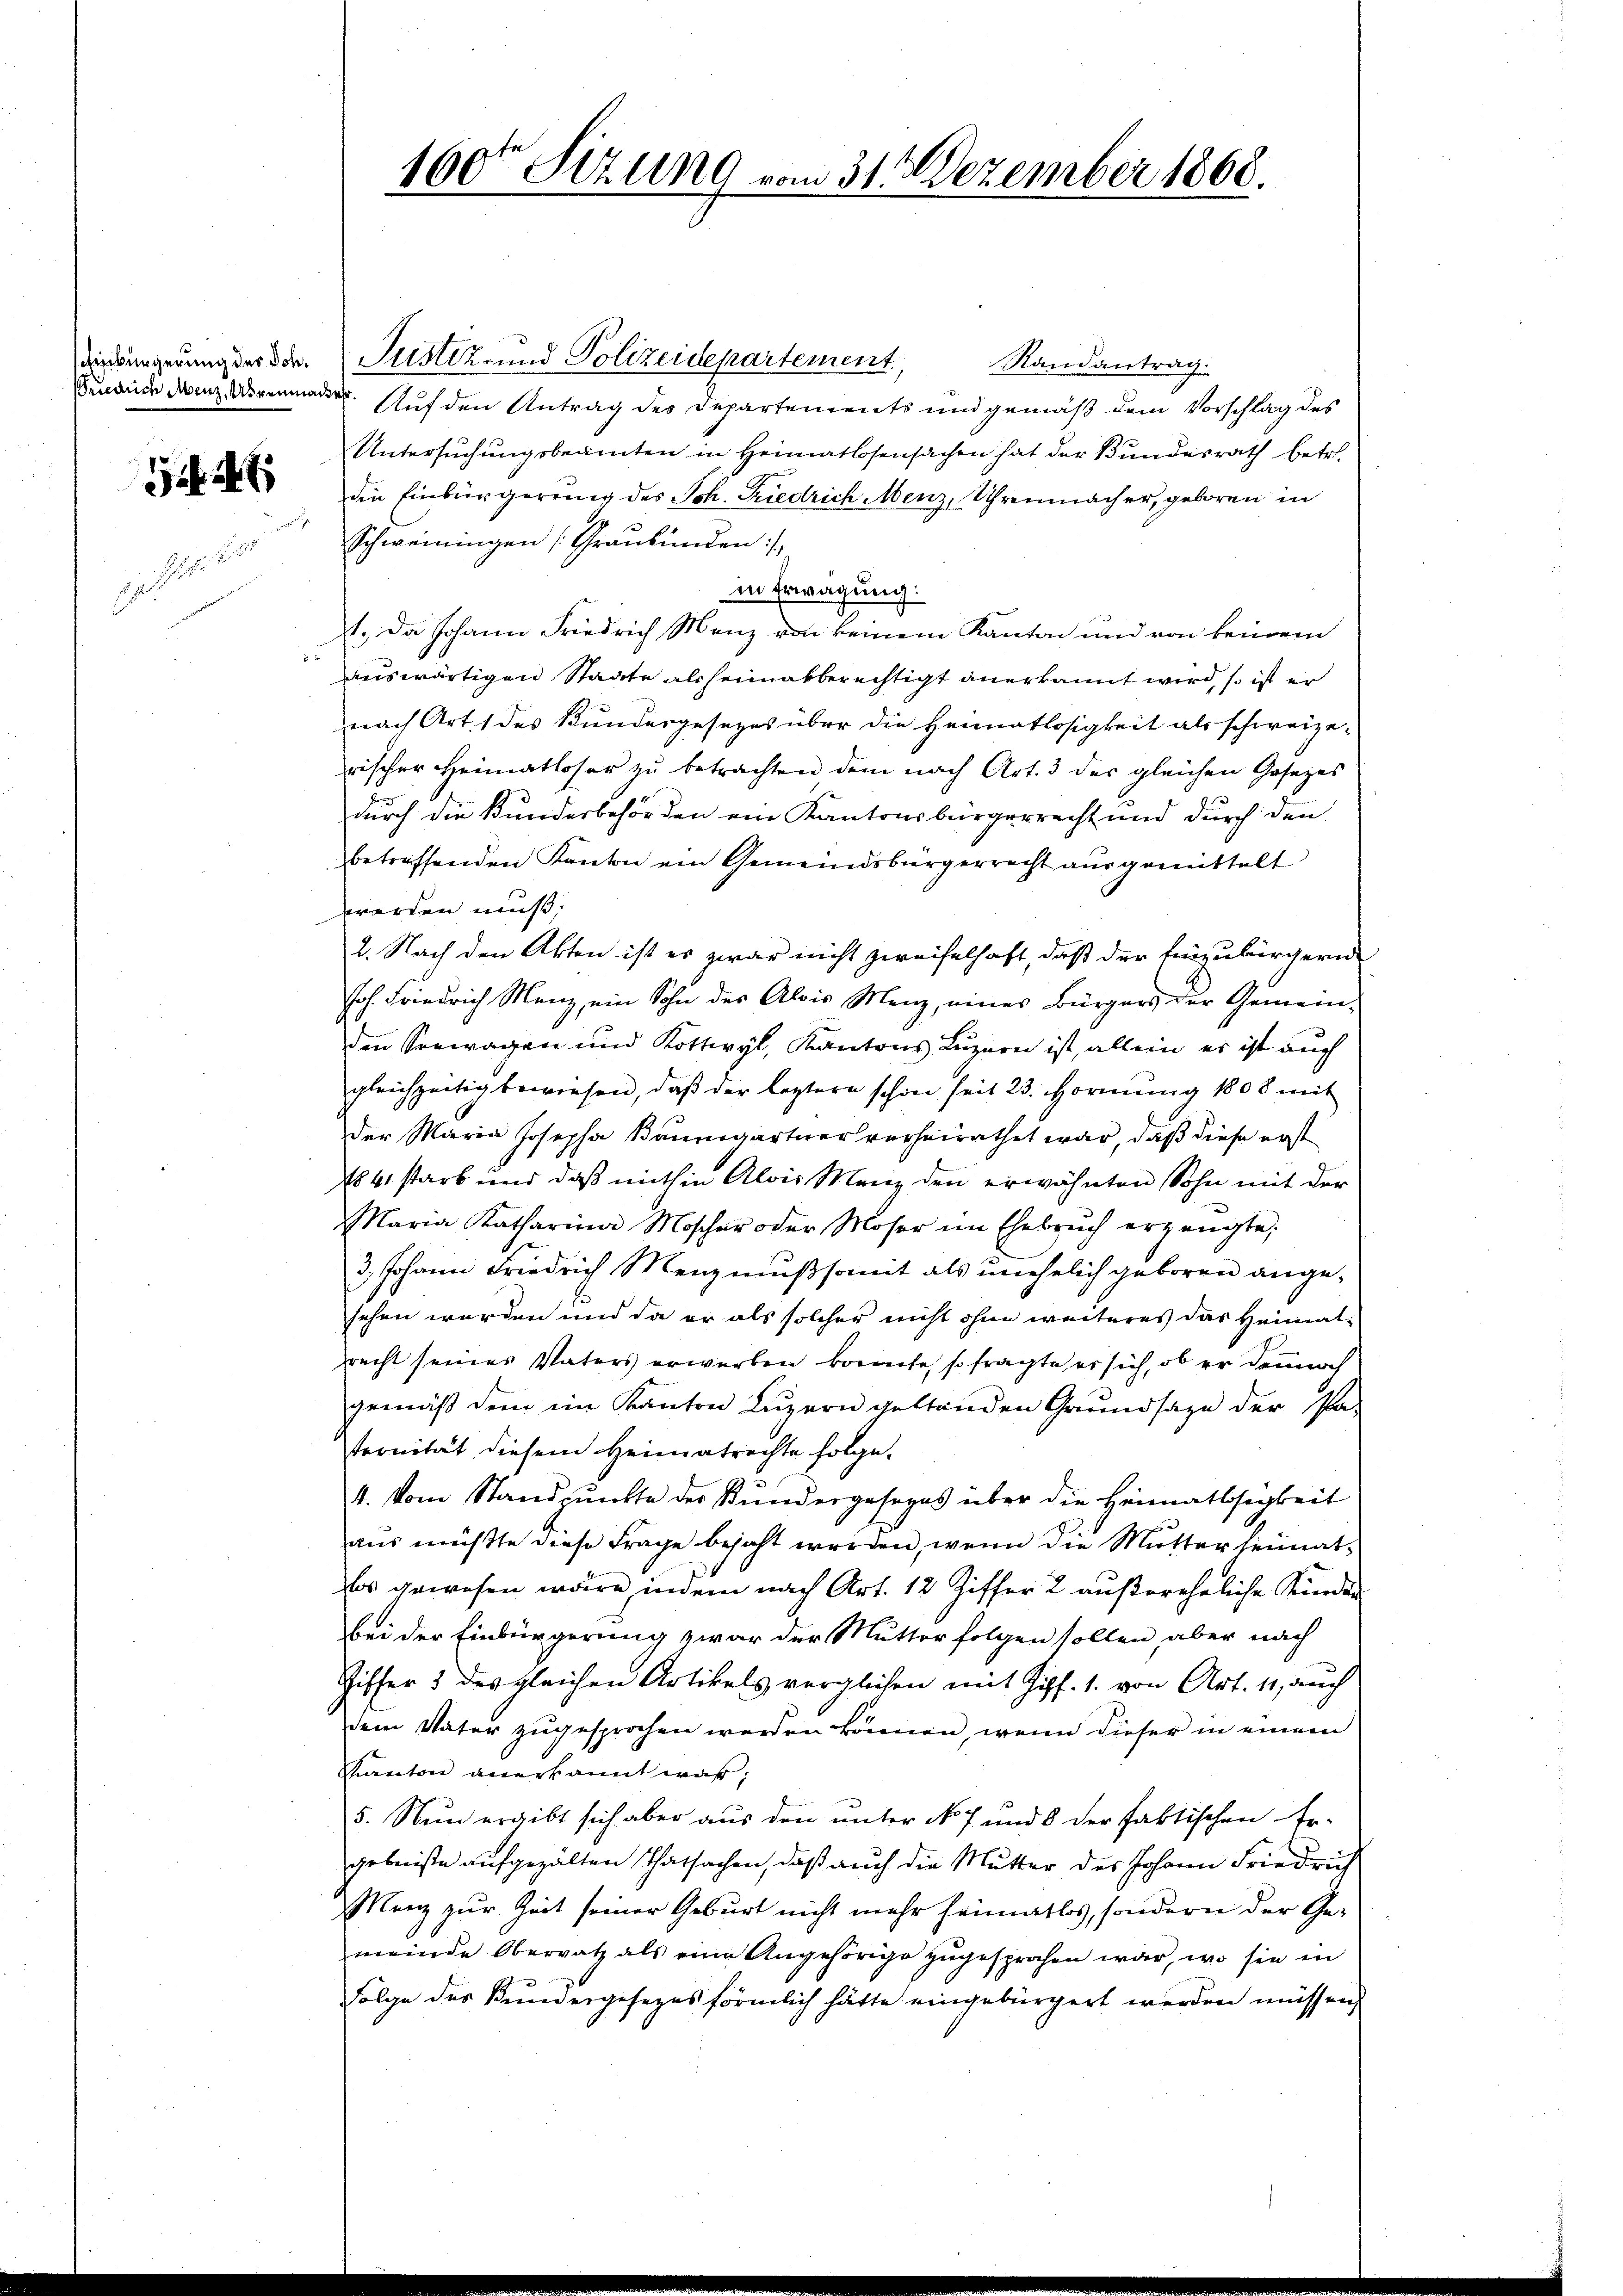
5

o

Diessungerung der Joh. Justiz- und Polizeidepartement,
Randantrag:
Fende dann derenade. Auf den Antrag des Departements und gemäß dem Vorschlag des
Untersuchungsbeamten in Heimatlosensachen hat der Bundesrath betr.
die Einbürgerung des Sch. Friedrich Menz, Uhrenmacher, geboren in
Schweiningen (Graubünden :/
in Erwägung:
1. Da Johann Friedrich Menz von keinem Kanton und von keinem
3
auswärtigen Städte als heimatberechtigt anerkannt wird, so ist er
nach Art. 1 des Bundesgesezes über die Heimatlosigkeit als schweize-
rischer Heimatloser zu betrachten, dem nach Art. 3 der gleichen Gesezes
durch die Kundesbehörden ein Kantonsbürgerrecht und durch den
betreffenden Kanton ein Gemeindsbürgerrecht ausgemittelt
werden muß.
2. Nach den Akten ist es zwar nicht zweifelhaft, daß der Einzubürgern
Joh. Friedrich Menz, ein Sohn der Alois Menz, eines Bürgers der Gemein-
den Verwagen und Kottwyl, Kantons Luzern ist, allein er ist auch
gleichzeitig bewiesen, daβ der leztere schon seit 23. Formŭng 1808 mit
der Maria Josepha Baumgartner verheirathet war, daß diese erst
1841 starb und daß mithin Alois Menz den erwähnten Sohn mit der
Maria Katharina Moscher oder Moser im Ehebrŭch erzeugte,
3, Johann Friedrich Menz muß somit als unehelich geboren angesehen werden und da er als solcher nicht ohne weiteres das Heimat-
recht seines Vaters erwerben konnte, so fragte er sich, ob er dennoch
gemäß dem im Kanton Luzern geltenden Grundsaze der Pa-
teonität diesem Heimatrechte folge.
4. Vom Standpunkte des Kundergesezes über die Heimatssigkeit
aus mußte diese Frage besaht werden, wenn die Mutter heimatlos gewesen wäre, indem nach Art. 12 Ziffer 2 außereheliche Kinden
bei der Einbürgerung zwar der Mutter folgen sollen, aber nach
Ziffer 3 des gleichen Artikels verglichen mit Ziff. 1. von Art. 11, auch
dem Vater zugesprochen werden können, wenn dieser in einem
Kanton anerkannt war,
5. Nun ergibt sich aber aus den unter No 7 und 8 der faktischen Er-
gebniße aufgezählten Thatsachen, daß auch die Mutter des Johann Friedrich
Menz zur Zeit seiner Geburt nicht mehr heimatlos, sondern der Gemeinde Oberratz als eine Angehörige zugesprochen war, wo sie in
Folge des Kundesgesezes förmlich hätte eingebürgert werden müssen,

160ten Sizung vom 31. Dezember 1868.